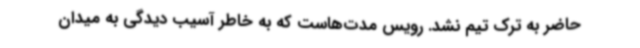
حاضر به ترک تیم نشد. رویس مدت‌هاست که به خاطر آسیب دیدگی به میدان